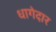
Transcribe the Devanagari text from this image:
धागेदार